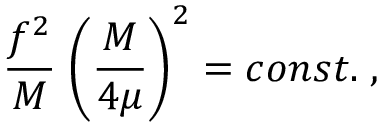
\frac { f ^ { 2 } } { M } \; \biggl ( \frac { M } { 4 \mu } \biggr ) ^ { 2 } = c o n s t . \; ,